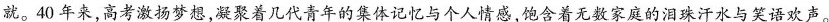
就。40年来，高考激扬梦想，凝聚着几代青年的集体记忆与个人情感，饱含着无数家庭的泪珠汗水与笑语欢声。